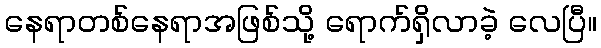
နေရာတစ်နေရာအဖြစ်သို့ ရောက်ရှိလာခဲ့ လေပြီ။